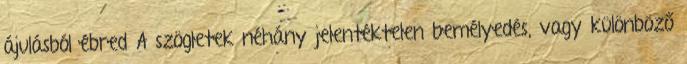
ájulásból ébred A szögletek néhány jelentéktelen bemélyedés, vagy különböző